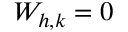
W _ { h , k } = 0